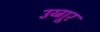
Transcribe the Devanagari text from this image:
उय्गूर